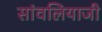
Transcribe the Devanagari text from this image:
सांवलियाजी